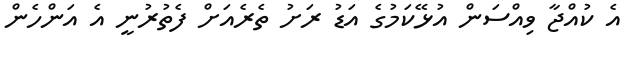
އެ ކުއްޖާ ވިއްސަން އުޅޭކަމުގެ އަޑު ރަށު ތެރެއަށް ފެތުރުނީ އެ އަންހެން